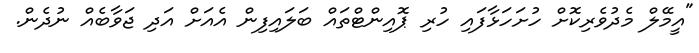
"އީމޭލް މެދުވެރިކޮށް ހުށަހަޅާފައި ހުރި ޕޮއިންޓްތައް ބަލައިފިން އެއަށް އަދި ޖަވާބެއް ނުދެން.